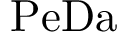
\mathrm { P e D a }